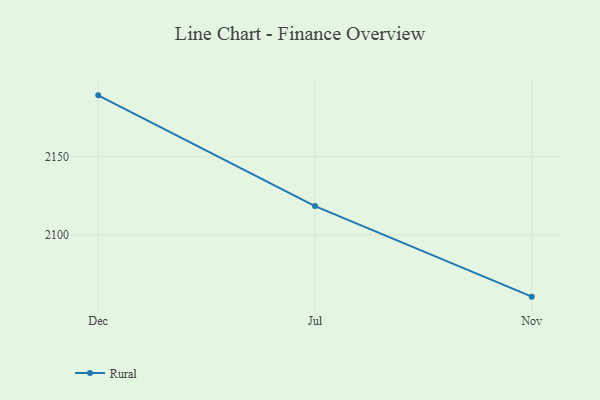
{"axis": {"x": "Month", "y": "Waste Production (Tons)"}, "legend": ["Rural"], "data": [{"x": "Dec", "y": 2188.8, "type": "Rural"}, {"x": "Jul", "y": 2118.4, "type": "Rural"}, {"x": "Nov", "y": 2060.8, "type": "Rural"}]}